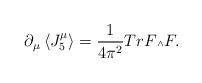
LaTeX: \begin{align*}{\partial}_{\mu} \left\langle J_5^{\mu} \right\rangle = \frac{1}{4{\pi^2}} Tr F \mbox{\tiny $\wedge$} F.\end{align*}